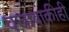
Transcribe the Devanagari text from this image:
वजाबाकीही